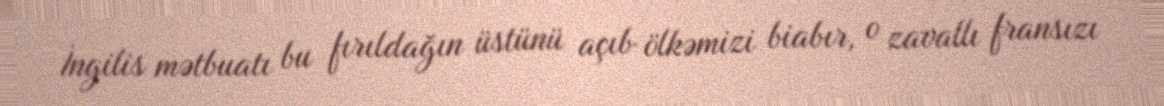
İngilis mətbuatı bu fırıldağın üstünü açıb ölkəmizi biabır, o zavallı fransızı